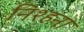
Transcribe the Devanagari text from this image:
निश्हना